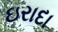
ઇરાદા